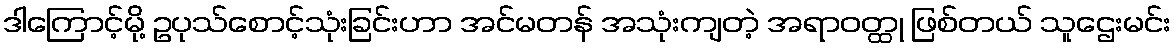
ဒါကြောင့်မို့ ဥပုသ်စောင့်သုံးခြင်းဟာ အင်မတန် အသုံးကျတဲ့ အရာဝတ္ထု ဖြစ်တယ် သူဌေးမင်း